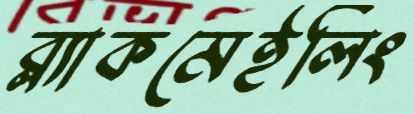
ব্ল্যাকমেইলিং